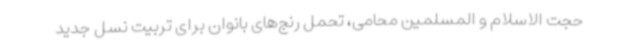
حجت الاسلام و المسلمین محامی، تحمل رنج‌های بانوان برای تربیت نسل جدید